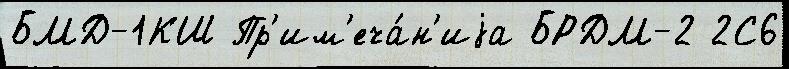
БМД-1КШ Пр'им'еча́н'иjа БРДМ-2 2С6